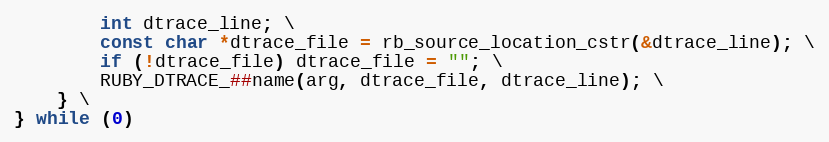
Language: C
        int dtrace_line; \
        const char *dtrace_file = rb_source_location_cstr(&dtrace_line); \
        if (!dtrace_file) dtrace_file = ""; \
        RUBY_DTRACE_##name(arg, dtrace_file, dtrace_line); \
    } \
} while (0)